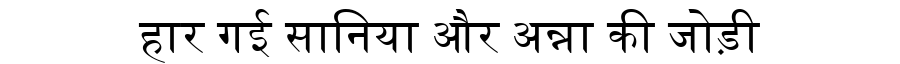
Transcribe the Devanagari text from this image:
हार गई सानिया और अन्ना की जोड़ी